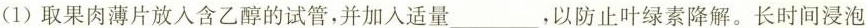
(1)取果肉薄片放入含乙醇的试管，并加入适量___，以防止叶绿素降解。长时间浸泡